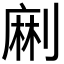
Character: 𠞥